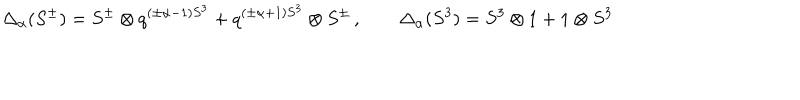
\Delta _ { \alpha } ( S ^ { \pm } ) = S ^ { \pm } \otimes q ^ { ( \pm \alpha - 1 ) S ^ { 3 } } + q ^ { ( \pm \alpha + 1 ) S ^ { 3 } } \otimes S ^ { \pm } \, , \qquad \Delta _ { \alpha } ( S ^ { 3 } ) = S ^ { 3 } \otimes 1 + 1 \otimes S ^ { 3 }